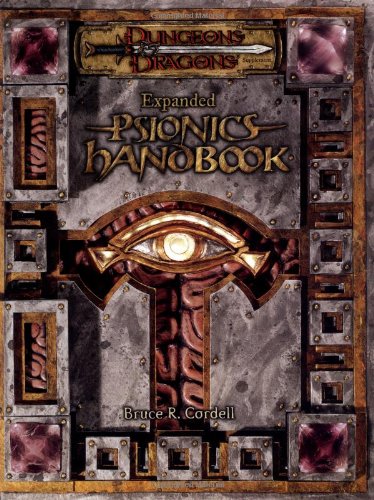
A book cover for Expanded Psionics Handbook (Dungeons & Dragons d20 3.5 Fantasy Roleplaying Supplement); Bruce R. Cordell; Science Fiction & Fantasy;